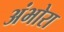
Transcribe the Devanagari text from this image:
अंभोरा